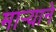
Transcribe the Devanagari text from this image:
मार्‍याने